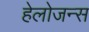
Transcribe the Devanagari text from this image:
हेलोजन्स